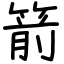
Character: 箭